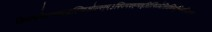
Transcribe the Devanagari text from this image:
क्रिफ्फ्वेक्न्फ्द्जुह्ग्विओल्स्ग्र्म्३फ्ज्निफ्ह्ग्फ्ह्सित्मिज्धेसिउथ्मिदुग्भ्फिउघिउफ्व्न्य्